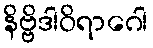
နိဗ္ဗိဒါဝိရာဂေါ